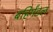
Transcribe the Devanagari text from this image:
बहिर्मंडल